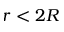
r < 2 R